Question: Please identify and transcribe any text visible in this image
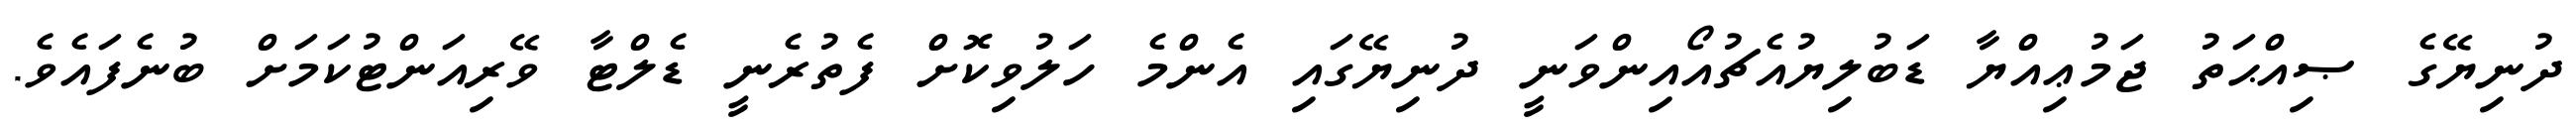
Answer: ދުނިޔޭގެ ޞިއްޙަތު ޖަމުޢިއްޔާ ޑަބުލިޔުއެޗުއޯއިންވަނީ ދުނިޔޭގައި އެންމެ ހަލުވިކޮށް ފެތުރެނީ ޑެލްޓާ ވޭރިއަންޓުކަމަށް ބުނެފައެވެ.